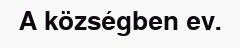
A községben ev.